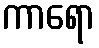
ကာရော